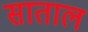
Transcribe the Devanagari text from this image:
साताल